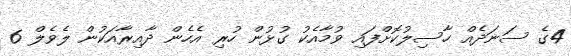
4ގެ ސަނަދެއް ހާސިލުކޮށްފައި ވުމާއެކު ގުޅުން ހުރި އެހެން ދާއިރާއަކުން ލެވެލް 6